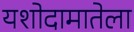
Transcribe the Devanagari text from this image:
यशोदामातेला